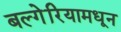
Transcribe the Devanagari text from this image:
बल्गेरियामधून